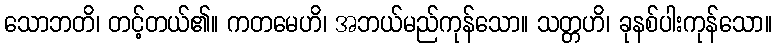
သောဘတိ၊ တင့်တယ်၏။ ကတမေဟိ၊ အဘယ်မည်ကုန်သော။ သတ္တဟိ၊ ခုနစ်ပါးကုန်သော။